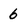
Character: 6